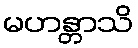
မဟန္တာသိ